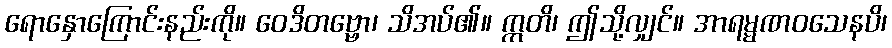
ရောနှောကြောင်းနည်းကို။ ဝေဒိတဗ္ဗော၊ သိအပ်၏။ ဣတိ၊ ဤသို့လျှင်။ အာရမ္မဏဝသေနပိ၊